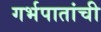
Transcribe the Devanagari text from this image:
गर्भपातांची